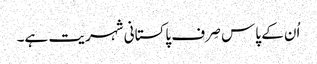
اُن کے پاس صِرف پاکستانی شہریت ہے۔